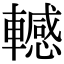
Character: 轗